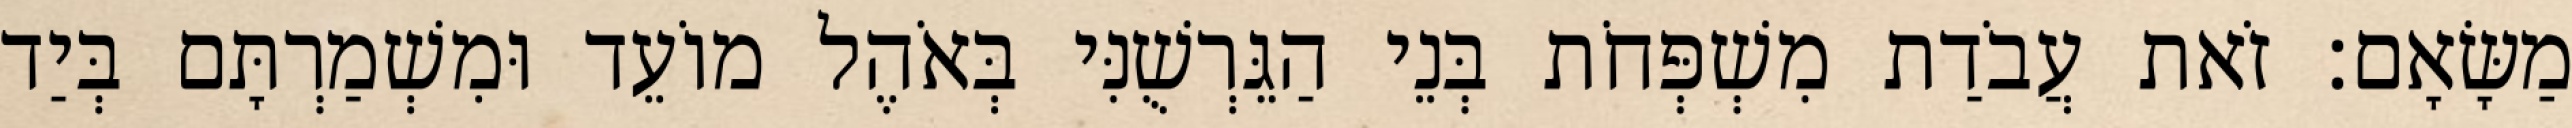
מַשָּׂאָם׃ זֹאת עֲבֹדַת מִשְׁפְּחֹת בְּנֵי הַגֵּרְשֻׁנִּי בְּאֹהֶל מוֹעֵד וּמִשְׁמַרְתָּם בְּיַד